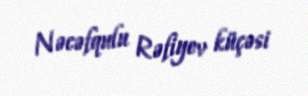
Nəcəfqulu Rəfiyev küçəsi